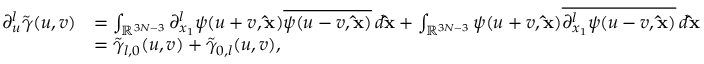
\begin{array} { r l } { \partial _ { u } ^ { l } \tilde { \gamma } ( u , v ) } & { = \int _ { \mathbb { R } ^ { 3 N - 3 } } \partial _ { x _ { 1 } } ^ { l } \psi ( u + v , \mathbf { \hat { x } } ) \overline { { \psi ( u - v , \mathbf { \hat { x } } ) } } \, d \mathbf { \hat { x } } + \int _ { \mathbb { R } ^ { 3 N - 3 } } \psi ( u + v , \mathbf { \hat { x } } ) \overline { { \partial _ { x _ { 1 } } ^ { l } \psi ( u - v , \mathbf { \hat { x } } ) } } \, d \mathbf { \hat { x } } } \\ & { = \tilde { \gamma } _ { l , 0 } ( u , v ) + \tilde { \gamma } _ { 0 , l } ( u , v ) , } \end{array}